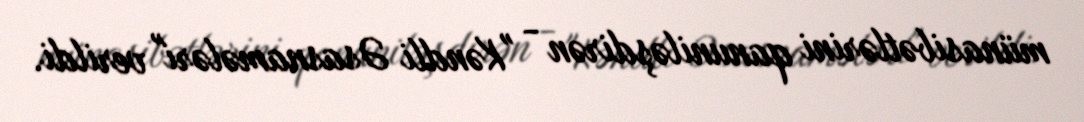
münasibətlərini qanuniləşdirən - "Kəndli Əsasnamələri" verildi.